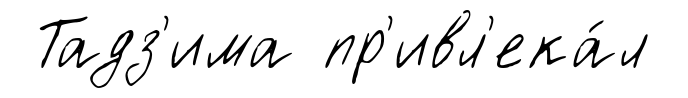
Тадз'има пр'ивл'ека́л